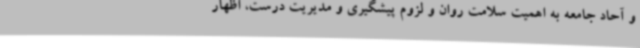
و آحاد جامعه به اهمیت سلامت روان و لزوم پیشگیری و مدیریت درست، اظهار